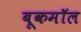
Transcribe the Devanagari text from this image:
बूकमॉल